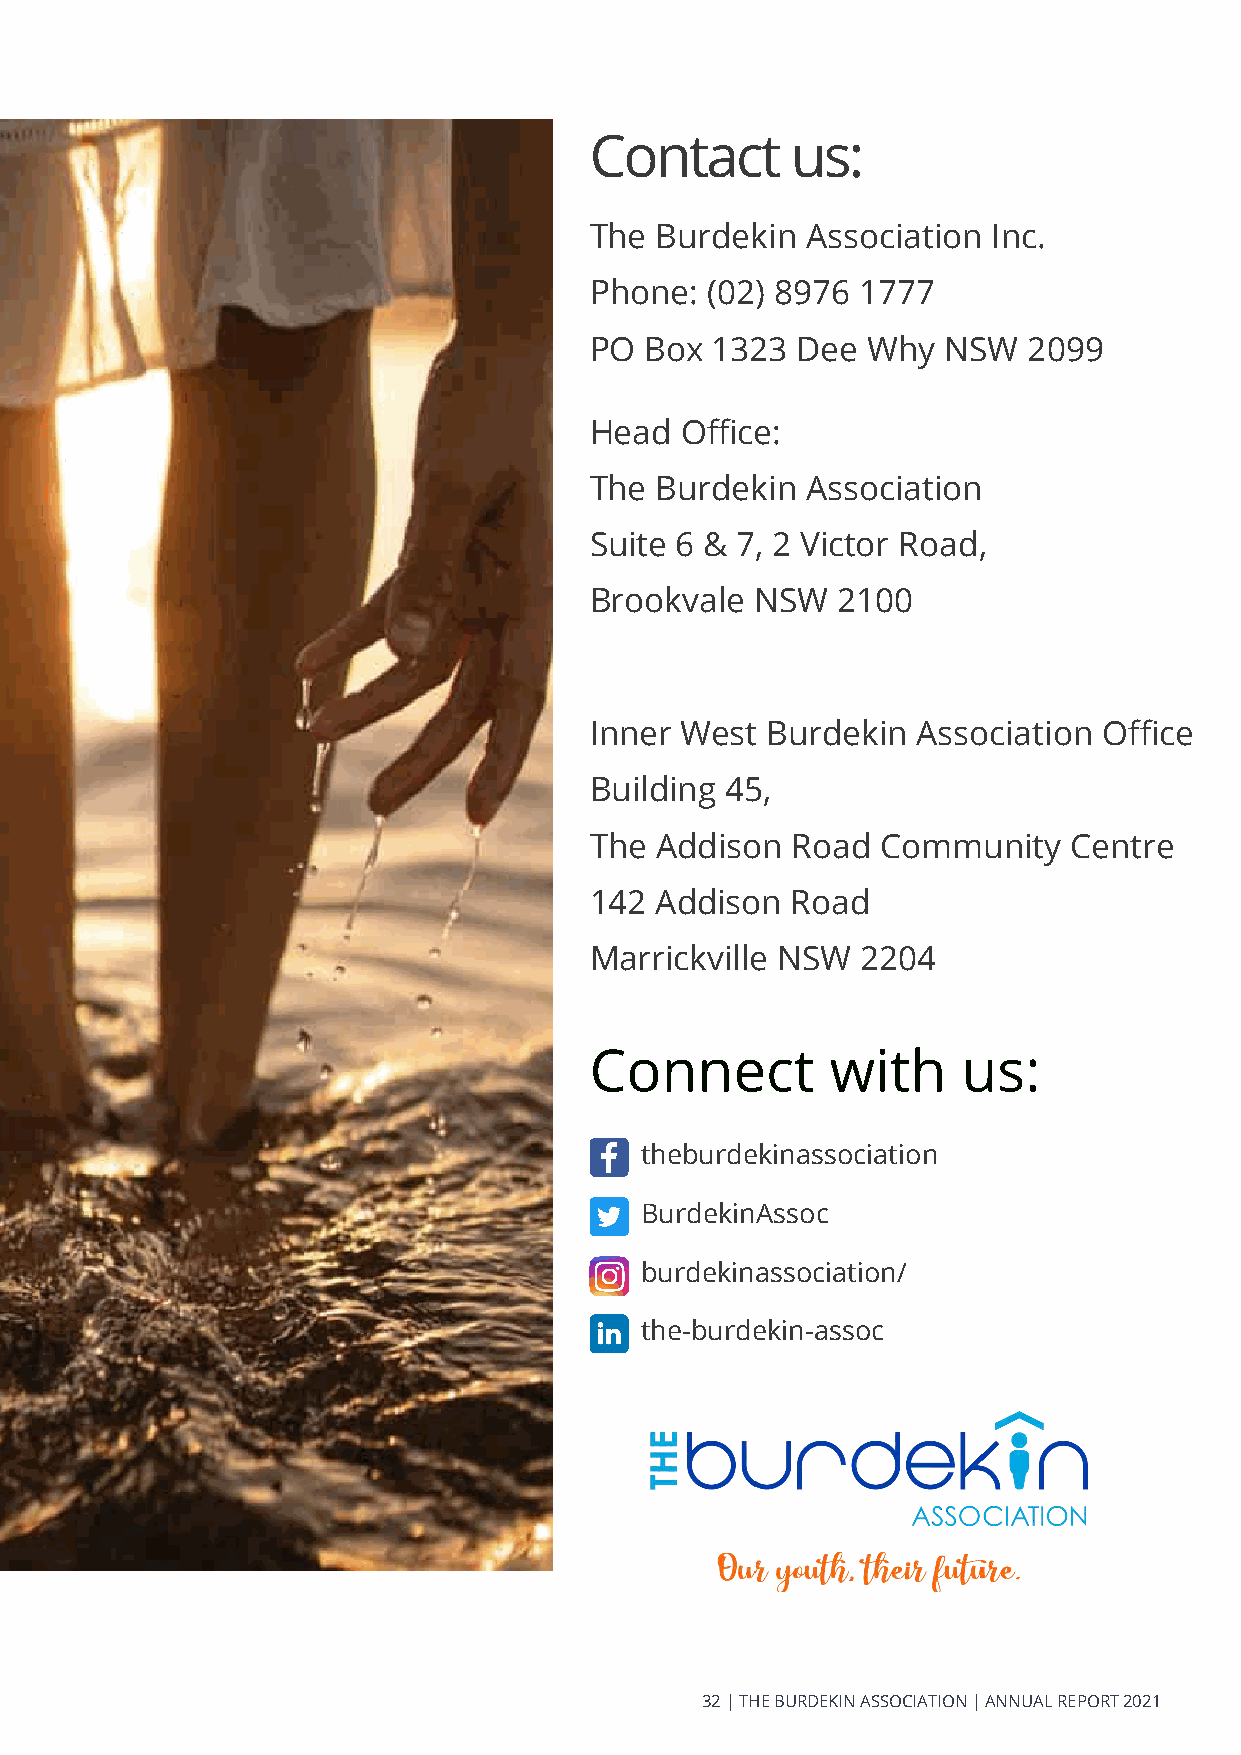
Contact      us:
 The Burdekin  Association  Inc.
 Phone:  (02) 8976 1777
 PO  Box 1323  Dee Why   NSW  2099
 Head  Office:
 The Burdekin  Association
 Suite 6 & 7, 2 Victor Road,
 Brookvale  NSW  2100
 Inner West  Burdekin  Association Office
 Building 45,
 The Addison  Road  Community    Centre
 142 Addison  Road
 Marrickville NSW  2204
 Connect         with     us:
 theburdekinassociation
 BurdekinAssoc
 burdekinassociation/
 the-burdekin-assoc
 32 | THE BURDEKIN ASSOCIATION | ANNUAL REPORT 2021